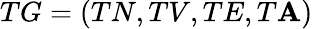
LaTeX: TG=(TN,TV,TE,T\mathbf{A})